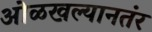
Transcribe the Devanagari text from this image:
ओळखल्यानतंर